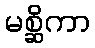
မစ္ဆိကာ